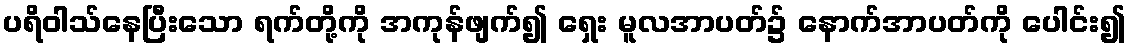
ပရိဝါသ်နေပြီးသော ရက်တို့ကို အကုန်ဖျက်၍ ရှေး မူလအာပတ်၌ နောက်အာပတ်ကို ပေါင်း၍